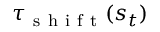
\tau _ { \mathrm { ~ s ~ h ~ i ~ f ~ t ~ } } ( s _ { t } )